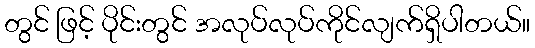
တွင် ဖြင့် ပိုင်းတွင် အလုပ်လုပ်ကိုင်လျက်ရှိပါတယ်။